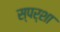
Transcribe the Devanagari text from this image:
स्पर्शा